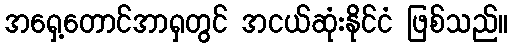
အရှေ့တောင်အာရှတွင် အငယ်ဆုံးနိုင်ငံ ဖြစ်သည်။